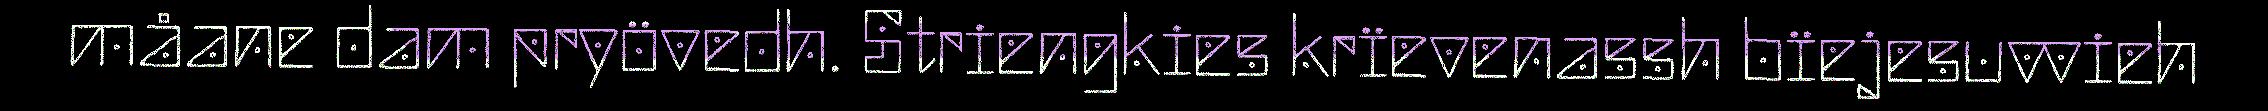
måane dam pryövedh. Striengkies krïevenassh bïejesuvvieh